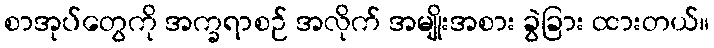
စာအုပ်တွေကို အက္ခရာစဉ် အလိုက် အမျိုးအစား ခွဲခြား ထားတယ်။